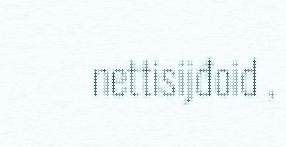
nettisijđoid ,